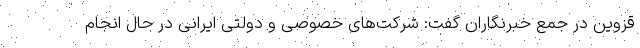
قزوین در جمع خبرنگاران گفت: شرکت‌های خصوصی و دولتی ایرانی در حال انجام